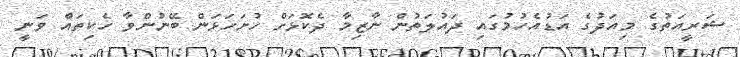
ޝަރީއަތުގެ މިއަދުގެ އަޑުއެހުމުގައި ދައުލަތުން ނާޒިމާ ދެކޮޅަށް ހުށަހަޅަން ބޭނުންވާ ހެކިތައް ވަނީ